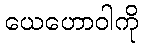
ယေဟောဝါကို